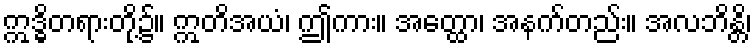
ဣဒ္ဓိတရားတို့၌။ ဣတိအယံ၊ ဤကား။ အတ္ထော၊ အနက်တည်း။ အလဘိန္တိ၊